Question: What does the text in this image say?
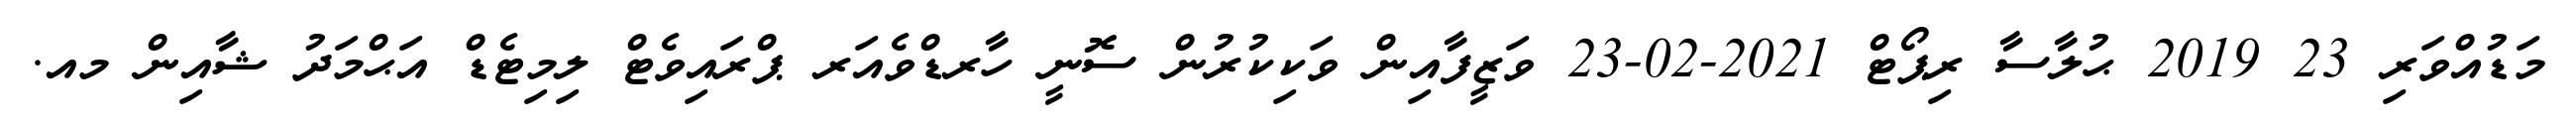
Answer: މަޑުއްވަރި 23 2019 ޙުލާސާ ރިޕޯޓް 2021-02-23 ވަޒީފާއިން ވަކިކުރުން ސޮނީ ހާރޑްވެއަރ ޕްރައިވެޓް ލިމިޓެޑް އަޙްމަދު ޝާއިން މއ.